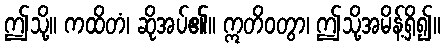
ဤသို့။ ကထိတံ၊ ဆိုအပ်၏။ ဣတိဝတွာ၊ ဤသို့အမိန့်ရှိ၍။